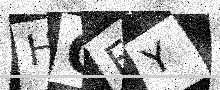
Text: HCFY